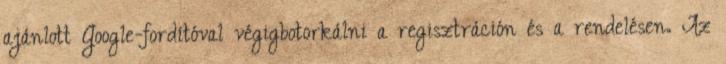
ajánlott Google-fordítóval végigbotorkálni a regisztráción és a rendelésen. Az